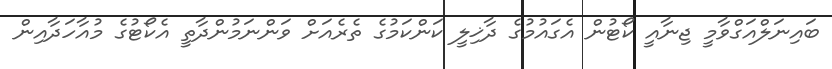
ބައިނަލްއަގްވާމީ ޖިނާއީ ކޯޓުން އެގައުމުގެ ދާޚިލީ ކަންކަމުގެ ތެރެއަށް ވަންނަމުންދާތީ އެކޯޓުގެ މުއާހަދާއިން